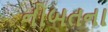
નોબતના